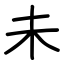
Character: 未